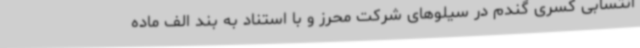
انتسابی کسری گندم در سیلوهای شرکت محرز و با استناد به بند الف ماده